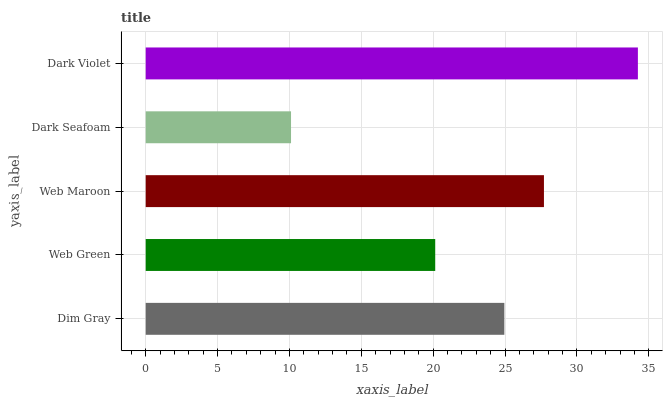
| yaxis_label | bars |
 | --- | --- |
 | Dim Gray | 24.9 |
 | Web Green | 20.1 |
 | Web Maroon | 27.7 |
 | Dark Seafoam | 10.1 |
 | Dark Violet | 34.2 |